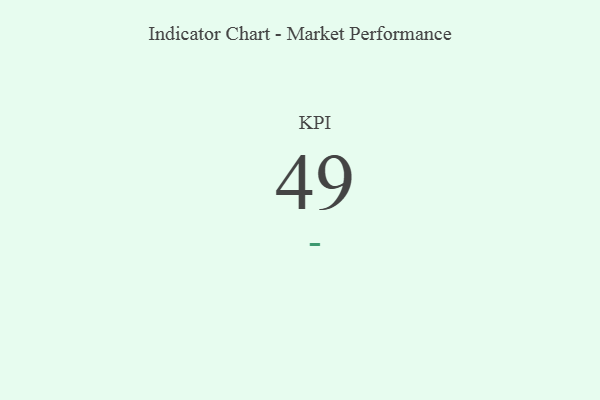
{"axis": {"x": "KPI", "y": "Value"}, "legend": [""], "data": [{"x": "KPI", "y": 49, "type": ""}]}